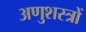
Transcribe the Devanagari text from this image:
अणुशस्त्रों